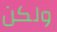
ولكن